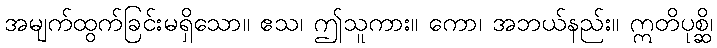
အမျက်ထွက်ခြင်းမရှိသော။ ဧသ၊ ဤသူကား။ ကော၊ အဘယ်နည်း။ ဣတိပုစ္ဆိ၊